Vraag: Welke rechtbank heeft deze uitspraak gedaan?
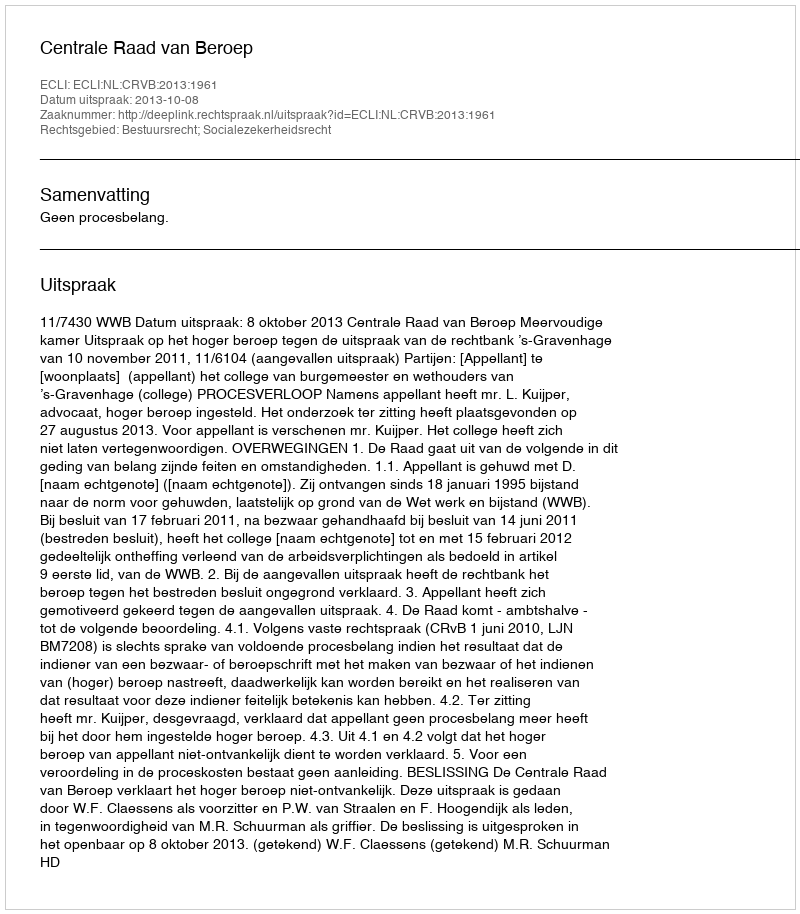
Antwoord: Centrale Raad van Beroep